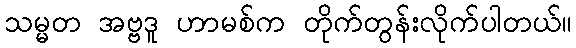
သမ္မတ အဗ္ဗဒူ ဟာမစ်က တိုက်တွန်းလိုက်ပါတယ်။